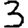
Digit: 3